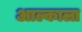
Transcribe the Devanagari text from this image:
आल्काला